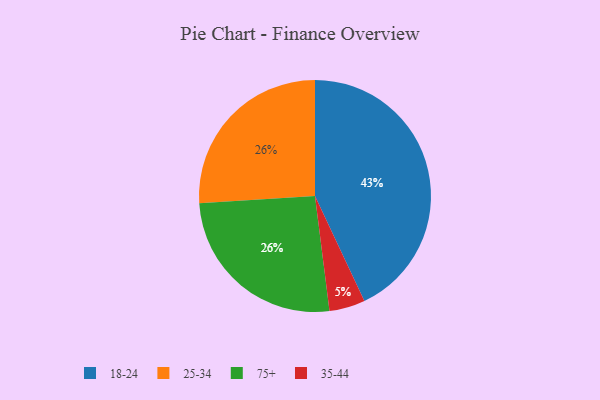
{"axis": {"x": "Category", "y": "Percentage"}, "legend": ["18-24", "25-34", "35-44", "75+"], "data": [{"x": "18-24", "y": 43, "type": "18-24"}, {"x": "35-44", "y": 5, "type": "35-44"}, {"x": "25-34", "y": 26, "type": "25-34"}, {"x": "75+", "y": 26, "type": "75+"}]}